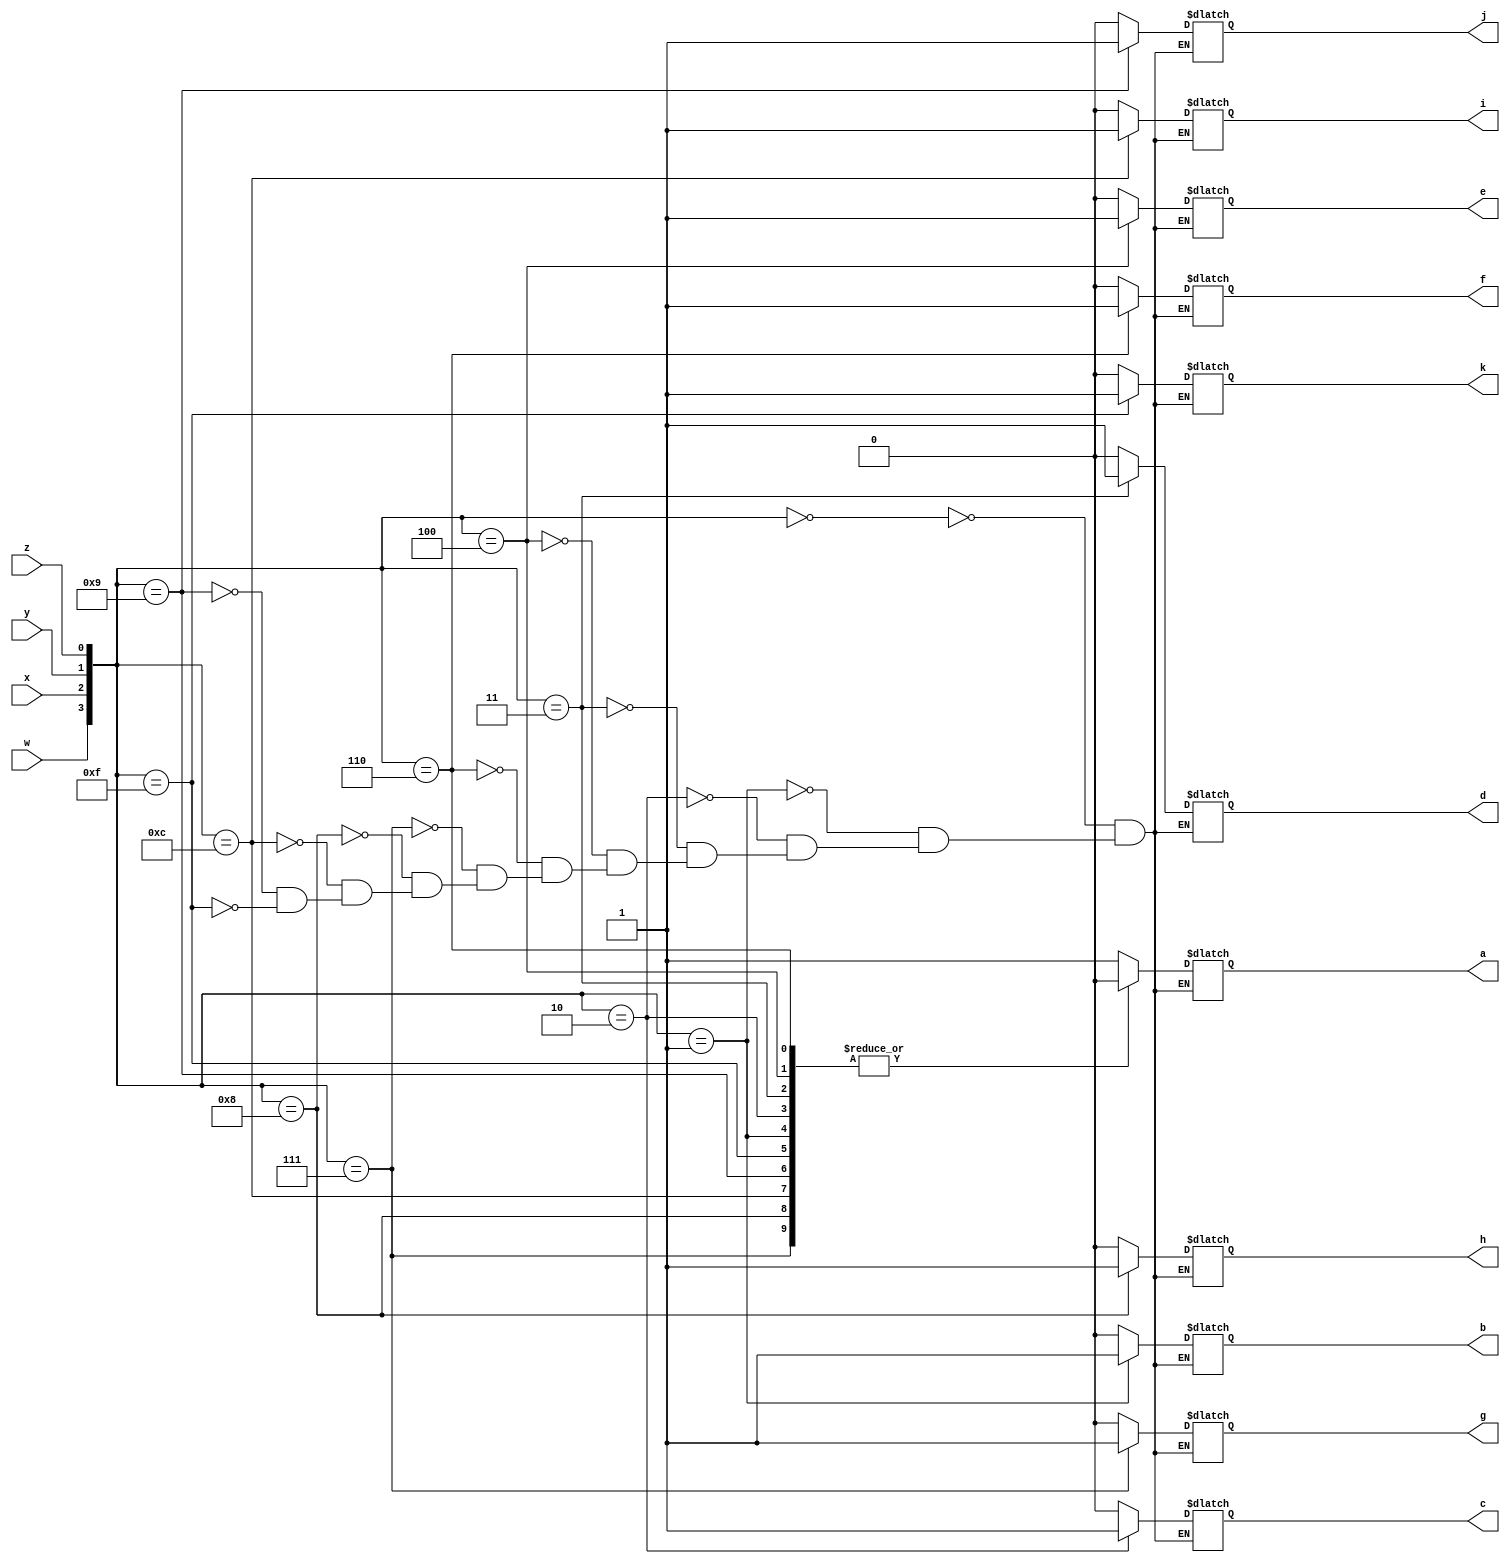
module instructionDecoder (
	input w,x,y,z,
	output reg a, b, c, d, e, f, g, h, i, j, k);
	always @ (w,x,y,z) begin
		case({w,x,y,z})
			4'b0000: {a,b,c,d,e,f,g, h, i, j, k} = 11'b10000000000;
			4'b0001: {a,b,c,d,e,f,g, h, i, j, k} = 11'b01000000000;
			4'b0010: {a,b,c,d,e,f,g, h, i, j, k} = 11'b00100000000;
			4'b0011: {a,b,c,d,e,f,g, h, i, j, k} = 11'b00010000000;
			4'b0100: {a,b,c,d,e,f,g, h, i, j, k} = 11'b00001000000;
			4'b0110: {a,b,c,d,e,f,g, h, i, j, k} = 11'b00000100000;
			4'b0111: {a,b,c,d,e,f,g, h, i, j, k} = 11'b00000010000;
			4'b1000: {a,b,c,d,e,f,g, h, i, j, k} = 11'b00000001000;
			4'b1100: {a,b,c,d,e,f,g, h, i, j, k} = 11'b00000000100;
			4'b1001: {a,b,c,d,e,f,g, h, i, j, k} = 11'b00000000010;
			4'b1111: {a,b,c,d,e,f,g, h, i, j, k} = 11'b00000000001;
		endcase
	end
endmodule